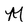
Character: m